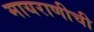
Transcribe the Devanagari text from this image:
मायराणीची